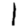
Digit: 1